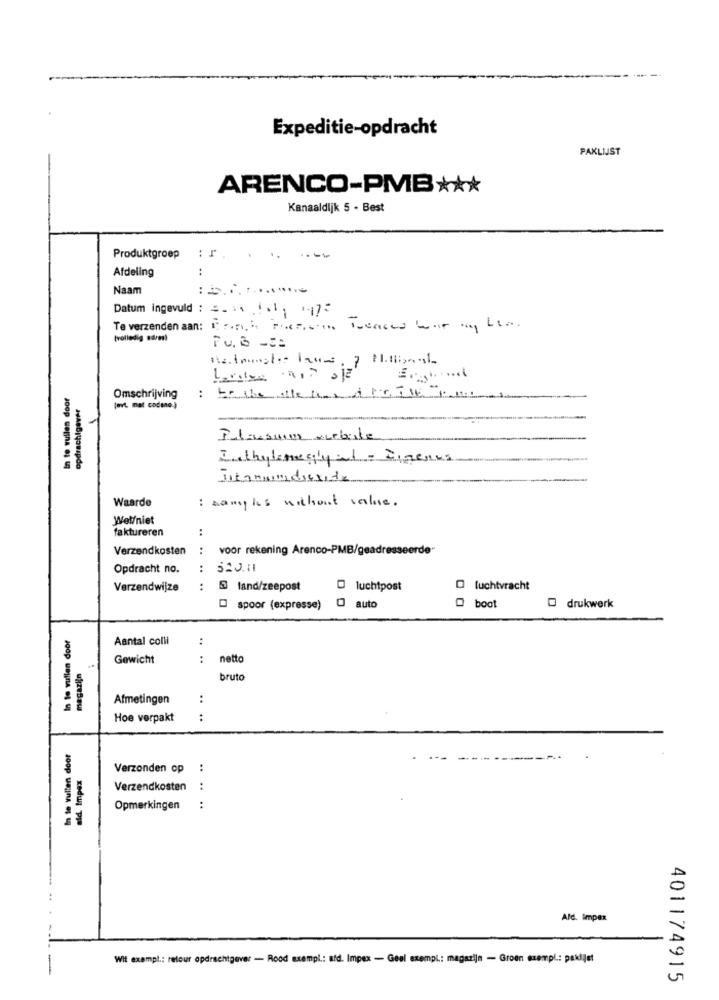
Expeditie-opdracht
PAKLIJST
ARENCO-PMB ***
Kanaaldijk 5 - Best
Produktgroep
: I
Afdeling
:
Naam
Datum ingevuld : ** ** 1.1 , 1-172
Te verzenden aan: If Pier Ienced war ang Lee.
[volledig adres)
TU. B -C:
In te vullen door
opdrachtgever
Omschrijving
:
to the ofte inad Pr. TIE PI
(evt. mat codone-)
Pelasnin arbile
I thylenegly et = Digenes
Titanminidioxide
..
Waarde
sanghis without value.
Wolfniet
faktureren
:
Verzendkosten
:
voor rekening Arenco-PMB/geadresseerde-
Opdracht no.
:
..
Verzendwijze
@ land/zeepost
O luchtpost
O luchtvracht
spoor (expresse)
O auto
O boot
O drukwerk
..
In te vullen door
Aantal colli
magazijn
Gewicht
:
netto
bruto
Afmetingen
:
Hoe verpakt
:
In te vullen door
.. .
ald. Impex
Verzonden op :
Verzendkosten
Opmerkingen
:
Ald. Impex
Wit exampl .: retour opdrachtgever - Rood exempl .: afd. Impex - Geel exempl .: magazijn - Groen exempl .: paklijst
401174915